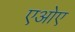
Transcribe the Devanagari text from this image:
एओए